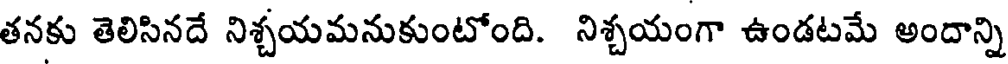
తనకు తెలిసినదే నిశ్చయమనుకుంటోంది. నిశ్చయంగా ఉండటమే అందాన్ని